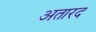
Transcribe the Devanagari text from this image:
अतारद